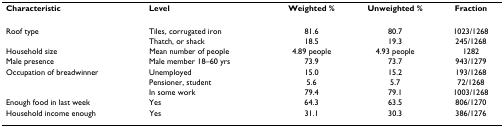
| Characteristic | Level | Weighted % | Unweighted % | Fraction |
 | --- | --- | --- | --- | --- |
 | Roof type | Tiles, corrugated iron | 81.6 | 80.7 | 1023/1268 |
 |  | Thatch, or shack | 18.5 | 19.3 | 245/1268 |
 | Household size | Mean number of people | 4.89 people | 4.93 people | 1282 |
 | Male presence | Male member 18–60 yrs | 73.9 | 73.7 | 943/1279 |
 | Occupation of breadwinner | Unemployed | 15.0 | 15.2 | 193/1268 |
 |  | Pensioner, student | 5.6 | 5.7 | 72/1268 |
 |  | In some work | 79.4 | 79.1 | 1003/1268 |
 | Enough food in last week | Yes | 64.3 | 63.5 | 806/1270 |
 | Household income enough | Yes | 31.1 | 30.3 | 386/1276 |